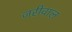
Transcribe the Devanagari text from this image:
जरीवाल